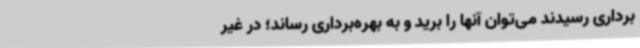
برداری رسیدند می‌توان آنها را برید و به بهره‌برداری رساند؛ در غیر